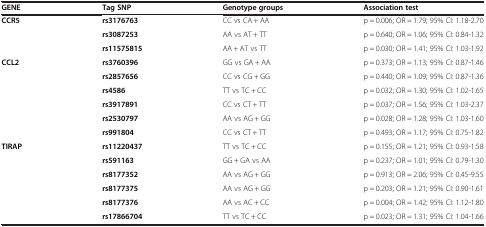
<table><thead><tr><td><b>GENE</b></td><td><b>Tag SNP</b></td><td><b>Genotype groups</b></td><td><b>Association test</b></td></tr></thead><tbody><tr><td><b>CCR5</b></td><td><b>rs3176763</b></td><td>CC vs CA + AA</td><td>p = 0.006; OR = 1.79; 95% CI: 1.18-2.70</td></tr><tr><td> </td><td><b>rs3087253</b></td><td>AA vs AT + TT</td><td>p = 0.640; OR = 1.06; 95% CI: 0.84-1.32</td></tr><tr><td> </td><td><b>rs11575815</b></td><td>AA + AT vs TT</td><td>p = 0.030; OR = 1.41; 95% CI: 1.03-1.92</td></tr><tr><td><b>CCL2</b></td><td><b>rs3760396</b></td><td>GG vs GA + AA</td><td>p = 0.373; OR = 1.13; 95% CI: 0.87-1.46</td></tr><tr><td> </td><td><b>rs2857656</b></td><td>CC vs CG + GG</td><td>p = 0.440; OR = 1.09; 95% CI: 0.87-1.36</td></tr><tr><td> </td><td><b>rs4586</b></td><td>TT vs TC + CC</td><td>p = 0.032; OR = 1.30; 95% CI: 1.02-1.65</td></tr><tr><td> </td><td><b>rs3917891</b></td><td>CC vs CT + TT</td><td>p = 0.037; OR = 1.56; 95% CI: 1.03-2.37</td></tr><tr><td> </td><td><b>rs2530797</b></td><td>AA vs AG + GG</td><td>p = 0.028; OR = 1.28; 95% CI: 1.03-1.60</td></tr><tr><td> </td><td><b>rs991804</b></td><td>CC vs CT + TT</td><td>p = 0.493; OR = 1.17; 95% CI: 0.75-1.82</td></tr><tr><td><b>TIRAP</b></td><td><b>rs11220437</b></td><td>TT vs TC + CC</td><td>p = 0.155; OR = 1.21; 95% CI: 0.93-1.58</td></tr><tr><td> </td><td><b>rs591163</b></td><td>GG + GA vs AA</td><td>p = 0.237; OR = 1.01; 95% CI: 0.79-1.30</td></tr><tr><td> </td><td><b>rs8177352</b></td><td>AA vs AG + GG</td><td>p = 0.913; OR = 2.06; 95% CI: 0.45-9.55</td></tr><tr><td> </td><td><b>rs8177375</b></td><td>AA vs AG + GG</td><td>p = 0.203; OR = 1.21; 95% CI: 0.90-1.61</td></tr><tr><td> </td><td><b>rs8177376</b></td><td>AA vs AC + CC</td><td>p = 0.004; OR = 1.42; 95% CI: 1.12-1.80</td></tr><tr><td> </td><td><b>rs17866704</b></td><td>TT vs TC + CC</td><td>p = 0.023; OR = 1.31; 95% CI: 1.04-1.66</td></tr></tbody></table>